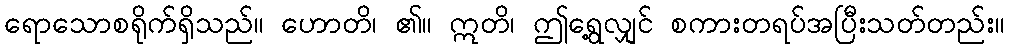
ရောသောစရိုက်ရှိသည်။ ဟောတိ၊ ၏။ ဣတိ၊ ဤရွေ့လျှင် စကားတရပ်အပြီးသတ်တည်း။